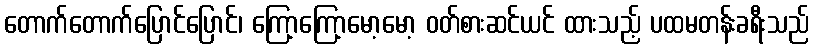
တောက်တောက်ပြောင်ပြောင်၊ ကြော့ကြော့မော့မော့ ဝတ်စားဆင်ယင် ထားသည့် ပထမတန်းခရီးသည်